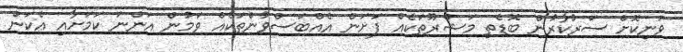
ވަނިކޮށް ސަރުކާރުން ބޮޑެތި މަޝްރޫތަކެއް ފަށަން އެއްބަސްވުންތަކެއް ވަމުން އަންނަ ކަމަށާއި އެކަން